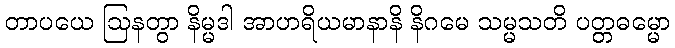
တာပယေ ဩနတွာ နိမ္မဒါ အာဟရိယမာနာနိ နိဂမေ သမ္မသတိ ပတ္တဓမ္မော